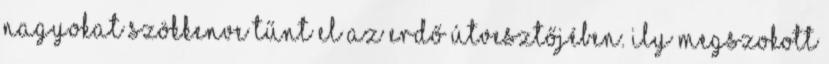
nagyokat szökkenve tűnt el az erdő útvesztőjében. Ily megszokott